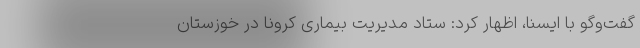
گفت‌وگو با ایسنا، اظهار کرد: ستاد مدیریت بیماری کرونا در خوزستان